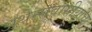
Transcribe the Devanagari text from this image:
अथेन्सवासीयांचा